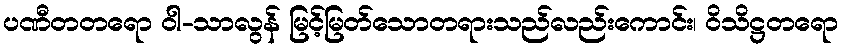
ပဏီတတရော ဝါ-သာလွန် မြင့်မြတ်သောတရားသည်လည်းကောင်း၊ ဝိသိဋ္ဌတရော